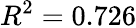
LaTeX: R^{2}=0.726